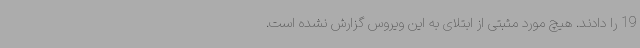
19 را دادند. هیچ مورد مثبتی از ابتلای به این ویروس گزارش نشده است.